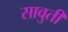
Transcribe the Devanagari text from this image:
सावुती